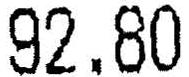
92.80